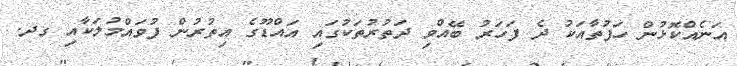
އަނެއްކޮޅުން ހަފުތާއަކު ދެ ފަހަރު ބޭއްވި ދަތުރުތަކުގައި އައްޑޫގެ އިތުރުން ފުވައްމުލަކާއި ގދ.